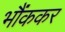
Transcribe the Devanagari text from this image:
भौंककर